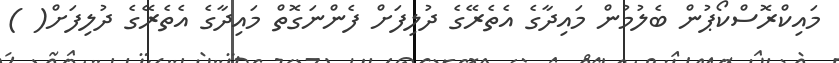
މައިކްރޮސްކޯޕުން ބެލުމުން މައިދާގެ އެތެރޭގެ ދުލިފަށް ފެންނަގޮތް މައިދާގެ އެތެރޭގެ ދުލިފަށް( )